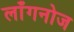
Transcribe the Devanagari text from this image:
लाँगनोज